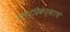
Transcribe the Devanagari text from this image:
कपर्दिकेश्वराचे